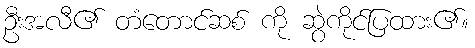
ဦးအလီ၏ တံတောင်ဆစ် ကို ဆွဲကိုင်ပြထား၏။